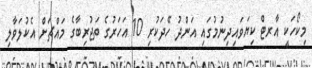
މިކޯހަކީ އާރޓް ކިޔަވައިދިނުމުގައި އަންދު ހޭދަކުރި 10 އަހަރުގެ ތަޖުރިބާގެ މައްޗަށް އެކުލަވާލި